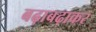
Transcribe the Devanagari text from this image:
बढ़ाबढ़ाकर